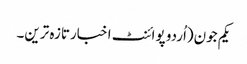
یکم جون(اُردو پوائنٹ اخبارتازہ ترین۔